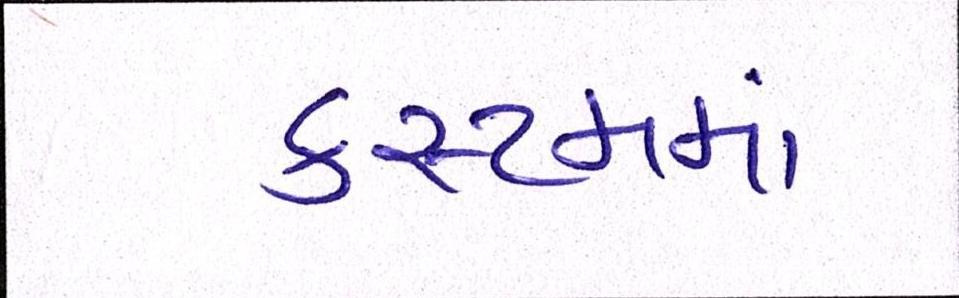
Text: કસ્ટમમાં